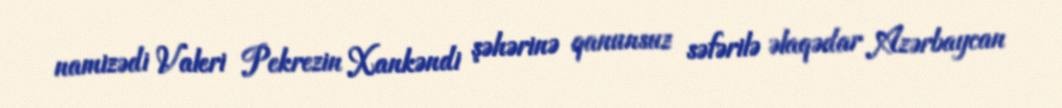
namizədi Valeri Pekrezin Xankəndi şəhərinə qanunsuz səfərilə əlaqədar Azərbaycan